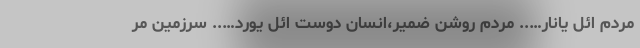
مردم ائل یانار….. مردم روشن ضمیر،انسان دوست ائل یورد….. سرزمین مر